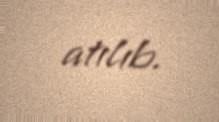
atılıb.